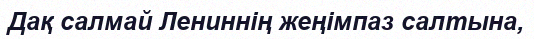
Дақ салмай Лениннің жеңімпаз салтына,